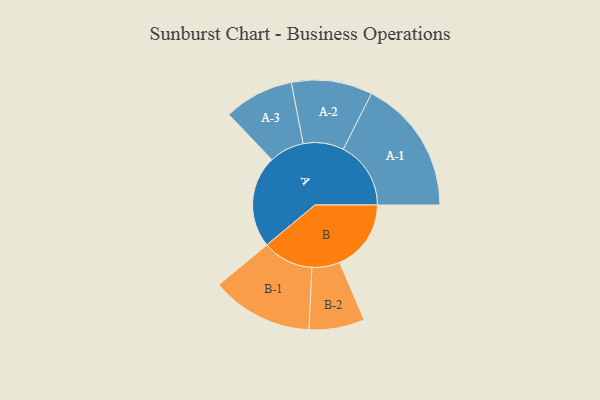
{"axis": {"x": "Segment", "y": "Value"}, "legend": ["", "A", "B"], "data": [{"x": "A", "y": 398, "type": ""}, {"x": "B", "y": 309, "type": ""}, {"x": "A-1", "y": 292, "type": "A"}, {"x": "A-2", "y": 175, "type": "A"}, {"x": "A-3", "y": 151, "type": "A"}, {"x": "B-1", "y": 220, "type": "B"}, {"x": "B-2", "y": 120, "type": "B"}]}